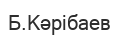
Б.Кәрібаев